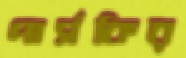
পার্সকির